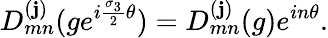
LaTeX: D_{mn}^{(\mathbf{j})}(ge^{i{\frac{{{\sigma}_{3}}}{{2}}}{\theta}})=D_{mn}^{(\mathbf{j})}(g)e^{in{\theta}}.